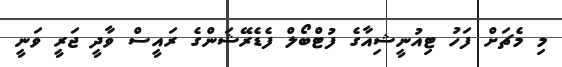
މި މެޗަށް ފަހު ޓިއުނީޝިއާގެ ފުޓްބޯލް ފެޑެރޭޝަންގެ ރައީސް ވާދީ ޖަރީ ވަނީ